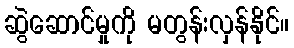
ဆွဲဆောင်မှုကို မတွန်းလှန်နိုင်။